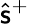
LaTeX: \hat{\mathsf{s}}^{+}